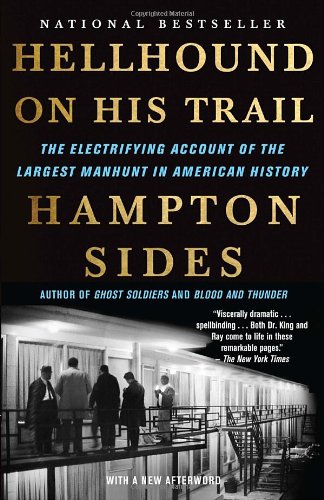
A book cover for Hellhound on His Trail: The Electrifying Account of the Largest Manhunt in American History; Hampton Sides; Biographies & Memoirs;